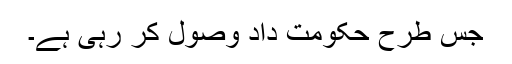
جس طرح حکومت داد وصول کر رہی ہے۔